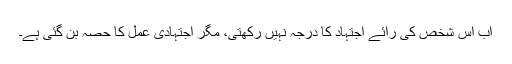
اب اس شخص کی رائے اجتہاد کا درجہ نہیں رکھتی، مگر اجتہادی عمل کا حصہ بن گئی ہے۔